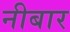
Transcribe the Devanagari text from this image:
नीबार